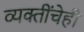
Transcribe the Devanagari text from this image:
व्यक्तींचेही